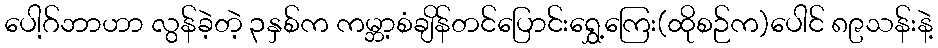
ပေါ့ဂ်ဘာဟာ လွန်ခဲ့တဲ့ ၃နှစ်က ကမ္ဘာ့စံချိန်တင်ပြောင်းရွှေ့ကြေး(ထိုစဉ်က)ပေါင် ၈၉သန်းနဲ့